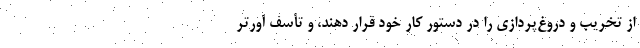
از تخریب و دروغ‌پردازی را در دستور کار خود قرار دهند، و تأسف آورتر